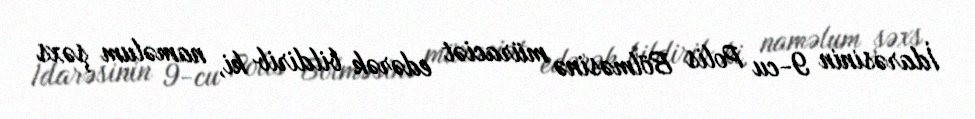
İdarəsinin 9-cu Polis Bölməsinə müraciət edərək bildirib ki, naməlum şəxs